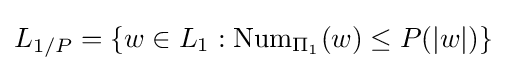
L_{1/P}=\{w\in L_{1}:\operatorname {Num} _{\Pi _{1}}(w)\leq P(|w|)\}